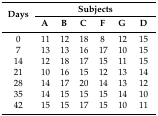
<table><thead><tr><td rowspan="2"><b>Days</b></td><td colspan="7"><b>Subjects</b></td></tr><tr><td><b>A</b></td><td><b>B</b></td><td><b>C</b></td><td><b>F</b></td><td><b>G</b></td><td colspan="2"><b>D</b></td></tr></thead><tbody><tr><td>0</td><td>11</td><td>12</td><td>18</td><td>8</td><td>12</td><td colspan="2">15</td></tr><tr><td>7</td><td>13</td><td>13</td><td>16</td><td>17</td><td>10</td><td colspan="2">15</td></tr><tr><td>14</td><td>12</td><td>18</td><td>17</td><td>15</td><td>11</td><td colspan="2">15</td></tr><tr><td>21</td><td>10</td><td>16</td><td>15</td><td>12</td><td>13</td><td colspan="2">14</td></tr><tr><td>28</td><td>14</td><td>17</td><td>20</td><td>14</td><td>13</td><td colspan="2">12</td></tr><tr><td>35</td><td>14</td><td>15</td><td>15</td><td>15</td><td>14</td><td colspan="2">10</td></tr><tr><td>42</td><td>15</td><td>15</td><td>17</td><td>15</td><td>10</td><td colspan="2">11</td></tr></tbody></table>